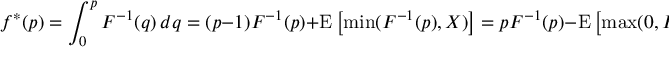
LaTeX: f ^ { * } ( p ) = \int _ { 0 } ^ { p } F ^ { - 1 } ( q ) \, d q = ( p - 1 ) F ^ { - 1 } ( p ) + \operatorname { E } \left[ \operatorname* { m i n } ( F ^ { - 1 } ( p ) , X ) \right] = p F ^ { - 1 } ( p ) - \operatorname { E } \left[ \operatorname* { m a x } ( 0 , F ^ { - 1 } ( p ) - X ) \right] .